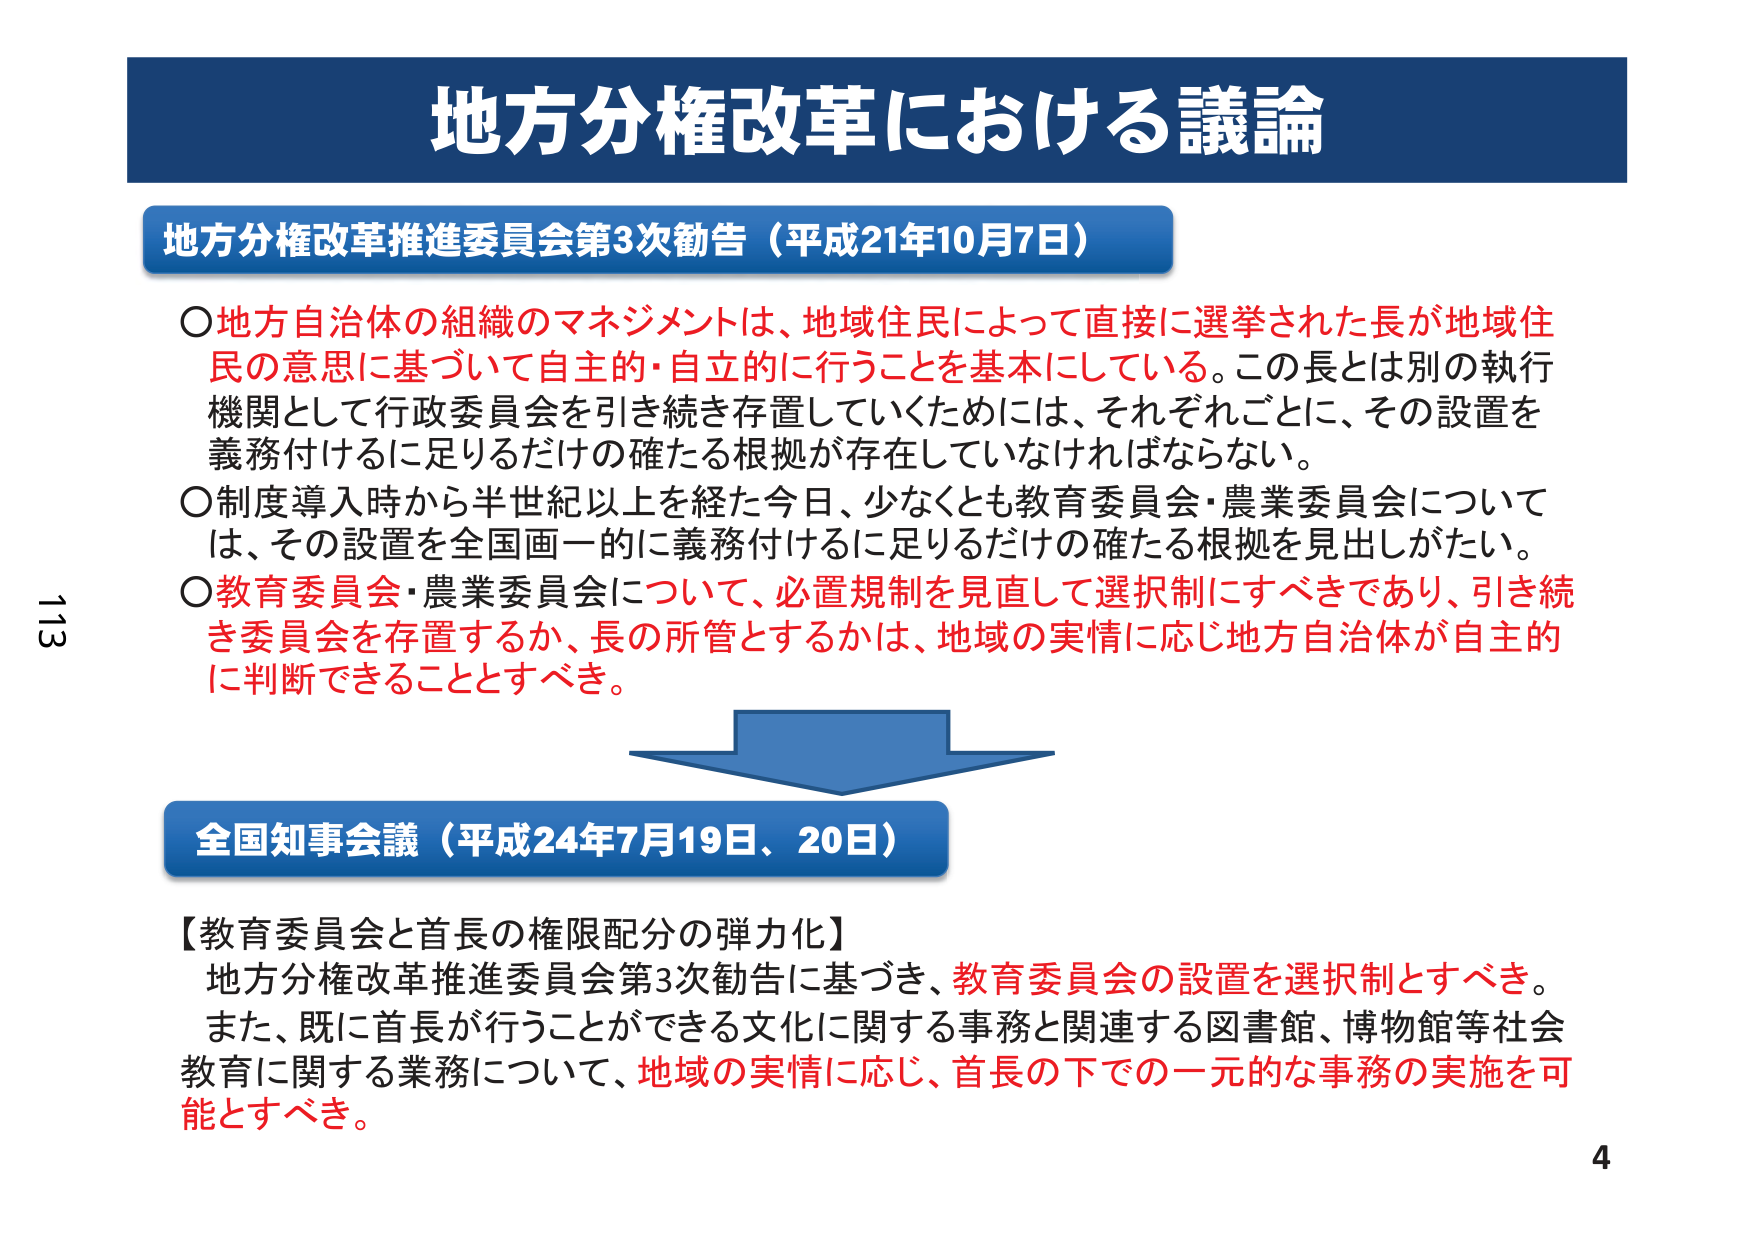
地方分権改革における議論

地方分権改革推進委員会第3次勧告（平成21年10月7日）

○地方自治体の組織のマネジメントは、地域住民によって直接に選挙された長が地域住民の意思に基づいて自主的・自立的に行うことを基本としている。この長とは別の執行機関として行政委員会を引き続き存置していくためには、それぞれごとに、その設置を義務付けるに足りるだけの確たる根拠が存在していなければならない。

○制度導入時から半世紀以上を経た今日、少なくとも教育委員会・農業委員会については、その設置を全国画一的に義務付けるに足りるだけの確たる根拠を見出しがたい。

○教育委員会・農業委員会について、必置規制を見直して選択制にすべきであり、引き続き委員会を存置するか、長の所管とするかは、地域の実情に応じ地方自治体が自主的に判断できることとすべき。

全国知事会議（平成24年7月19日、20日）

【教育委員会と首長の権限配分の弾力化】
地方分権改革推進委員会第3次勧告に基づき、教育委員会の設置を選択制とすべき。また、既に首長が行うことができる文化に関する事務と関連する図書館、博物館等社会教育に関する業務について、地域の実情に応じ、首長の下での一元的な事務の実施を可能とすべき。

113
4